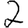
Digit: 2